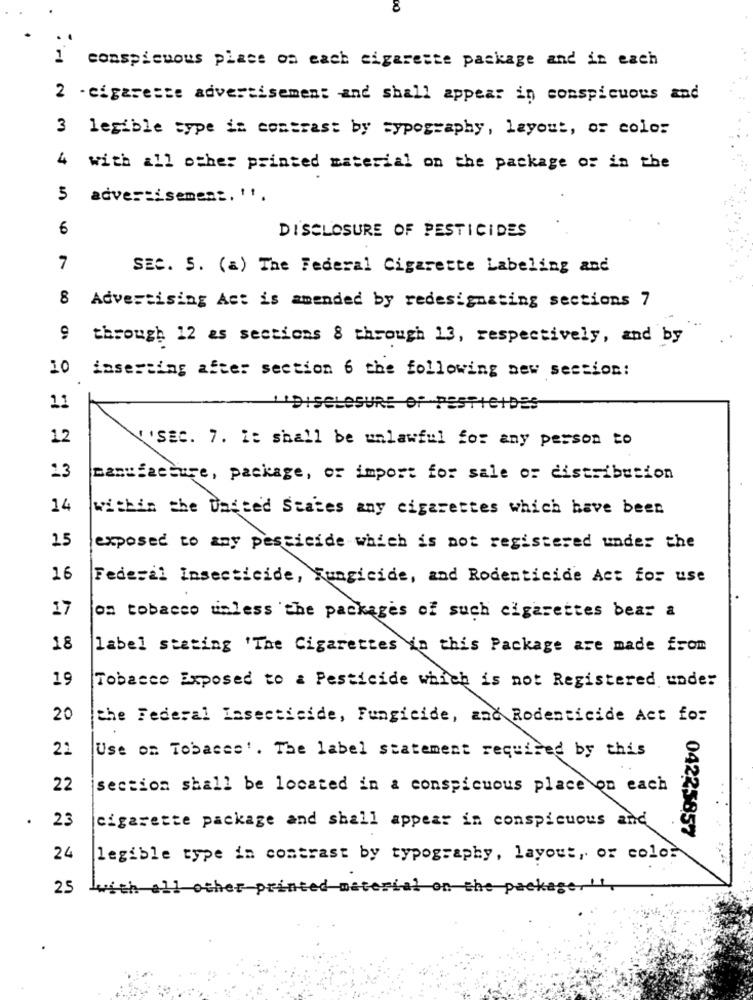
8
conspicuous place on each cigarette package and in each
2 - cigarette advertisement and shall appear in conspicuous and
3 legible sype in contrast by typography, layout, or color
4 with all other printed material on the package of in the
5
advertisement, '',
6
DISCLOSURE OF PESTICIDES
7
SEC. S. (a) The Federal Cigarette Labeling and
8 Advertising Act is amended by redesignsting sections 7
9
through 12 as sections 8 through 13, respectively, and by
10
inserting after section 6 the following new section:
11
DISCLOSURE OF PESTICIDES
12
'ssc. 7. It shall be unlawful for any person to
manufacture, package, or import for sale or distribution
14
within the Dadted States any cigarettes which have been
15
exposed to any pesticide which is not registered under the
16
Federal Insecticide, Fungicide, and Rodenticide Act for use
17
on tobacco unless the packages of such cigarettes bear a
18
label stating 'The Cigarettes In this Package are made from
19
Tobacco Exposed to & Pesticide which is not Registered under
20
the Federal Insecticide, Fungicide, and Rodenticide Act for
21
Use on Tobacco'. The label statement required by this
22
section shall be located in a conspicuous place on each
23
cigarette package and shall appear in conspicuous and
04225857
24
legible type in contrast by typography, layout, or color
Lwith all other printed material on the package, it.